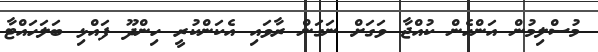
މުސްލިމުން އަންހެން ކުއްޖާ ވަގަށް ނަގަން ރާވައި އެކަންކުރީ ހިންދޫ ފައްޅި ބަލަހައްޓާ